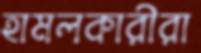
হামলকারীরা